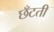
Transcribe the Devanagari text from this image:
छँटती